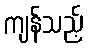
ကျန်သည့်